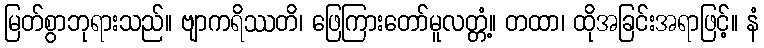
မြတ်စွာဘုရားသည်။ ဗျာကရိဿတိ၊ ဖြေကြားတော်မူလတ္တံ့။ တထာ၊ ထိုအခြင်းအရာဖြင့်။ နံ